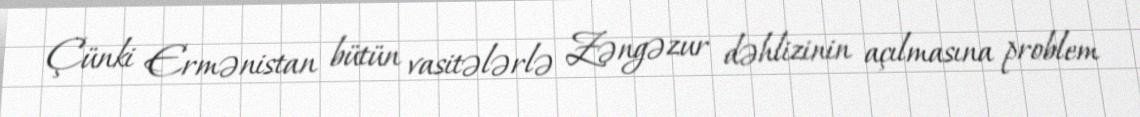
Çünki Ermənistan bütün vasitələrlə Zəngəzur dəhlizinin açılmasına problem